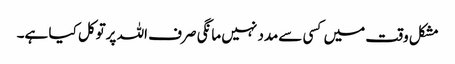
مشکل وقت میں کسی سےمدد نہیں مانگی صرف اللہ پرتوکل کیا ہے۔